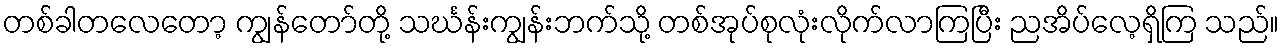
တစ်ခါတလေတော့ ကျွန်တော်တို့ သင်္ဃန်းကျွန်းဘက်သို့ တစ်အုပ်စုလုံးလိုက်လာကြပြီး ညအိပ်လေ့ရှိကြ သည်။